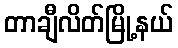
တာချီလိတ်မြို့နယ်